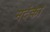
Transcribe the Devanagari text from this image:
मदंका